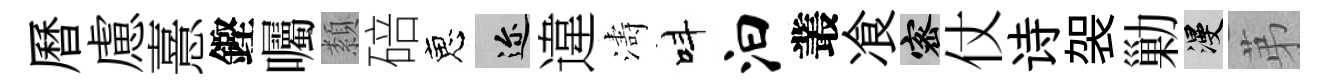
曆慮憙鏗囑纇碚恵邇違濤呌汩叢飡密仗诗袈勦漫苐